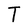
Character: T